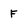
Character: F